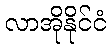
လာအိုနိုင်ငံ